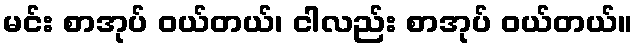
မင်း စာအုပ် ဝယ်တယ်၊ ငါလည်း စာအုပ် ဝယ်တယ်။